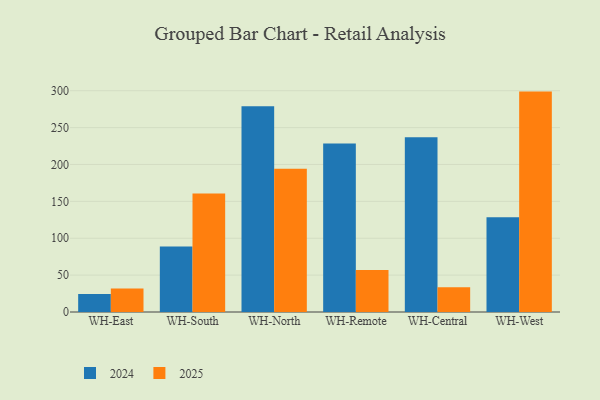
{"axis": {"x": "Warehouse", "y": "Gross Profit (USD K)"}, "legend": ["2024", "2025"], "data": [{"x": "WH-East", "y": 31.9, "type": "2025"}, {"x": "WH-East", "y": 24.5, "type": "2024"}, {"x": "WH-South", "y": 160.8, "type": "2025"}, {"x": "WH-South", "y": 88.7, "type": "2024"}, {"x": "WH-North", "y": 194.3, "type": "2025"}, {"x": "WH-North", "y": 278.9, "type": "2024"}, {"x": "WH-Remote", "y": 56.9, "type": "2025"}, {"x": "WH-Remote", "y": 228.4, "type": "2024"}, {"x": "WH-Central", "y": 33.4, "type": "2025"}, {"x": "WH-Central", "y": 237.0, "type": "2024"}, {"x": "WH-West", "y": 298.8, "type": "2025"}, {"x": "WH-West", "y": 128.3, "type": "2024"}]}